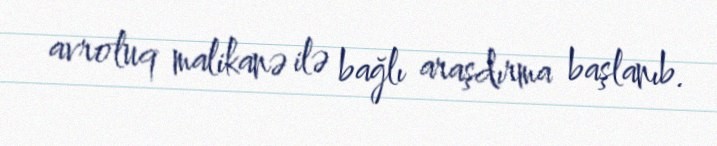
avroluq malikanə ilə bağlı araşdırma başlanıb.